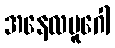
အနေလမူဂေါ